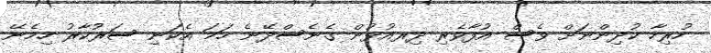
ހުރިހާ ކުދިންނަށް ވެސް އުފާވެރި ދިރއުޅުން ގެނެސްދޭނެ ހަމަ އެކަނި ސަރުކާރު ހިމެނޭ